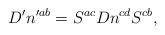
LaTeX: \begin{align*}D^{\prime }n^{\prime ab}=S^{ac}Dn^{cd}S^{cb},\end{align*}